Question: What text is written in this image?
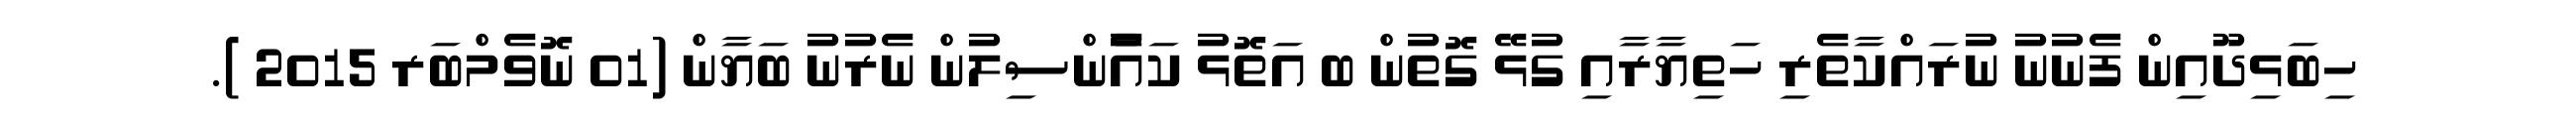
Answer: ހިބަޅިދޫއިން ފެނުނު ނުރައްކާތެރި ހަތިޔާރާއި ގުޅޭ ގޮތުން ބ އަތޮޅު ކައެުންސިލުން ނެރުނު ބަޔާން (01 ނޮވެމްބަރ 2015 ).